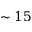
\sim 1 5